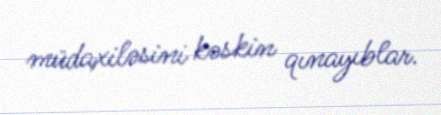
müdaxiləsini kəskin qınayıblar.